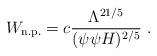
LaTeX: \begin{align*}W_{\rm n.p.} = c \frac{\Lambda^{21/5}}{(\psi \psi H)^{2/5}} \ .\end{align*}